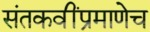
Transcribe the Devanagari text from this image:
संतकवींप्रमाणेच